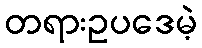
တရားဥပဒေမဲ့